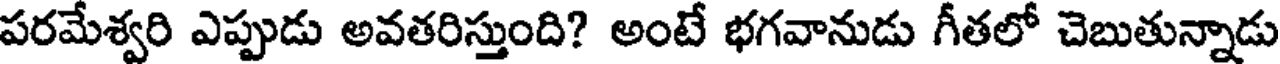
పరమేశ్వరి ఎప్పుడు అవతరిస్తుంది? అంటే భగవానుడు గీతలో చెబుతున్నాడు